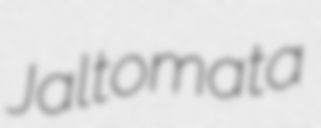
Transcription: Jaltomata